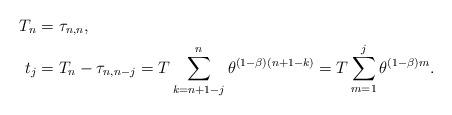
LaTeX: \begin{align*}T_n &= \tau_{n,n}, \\t_{j} &= T_n - \tau_{n,n-j} = T \sum_{k=n+1-j}^{n}\theta^{(1-\beta)(n+1-k)} = T\sum_{m=1}^{j}\theta^{(1-\beta)m}. \end{align*}